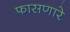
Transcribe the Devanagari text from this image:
फासणारे